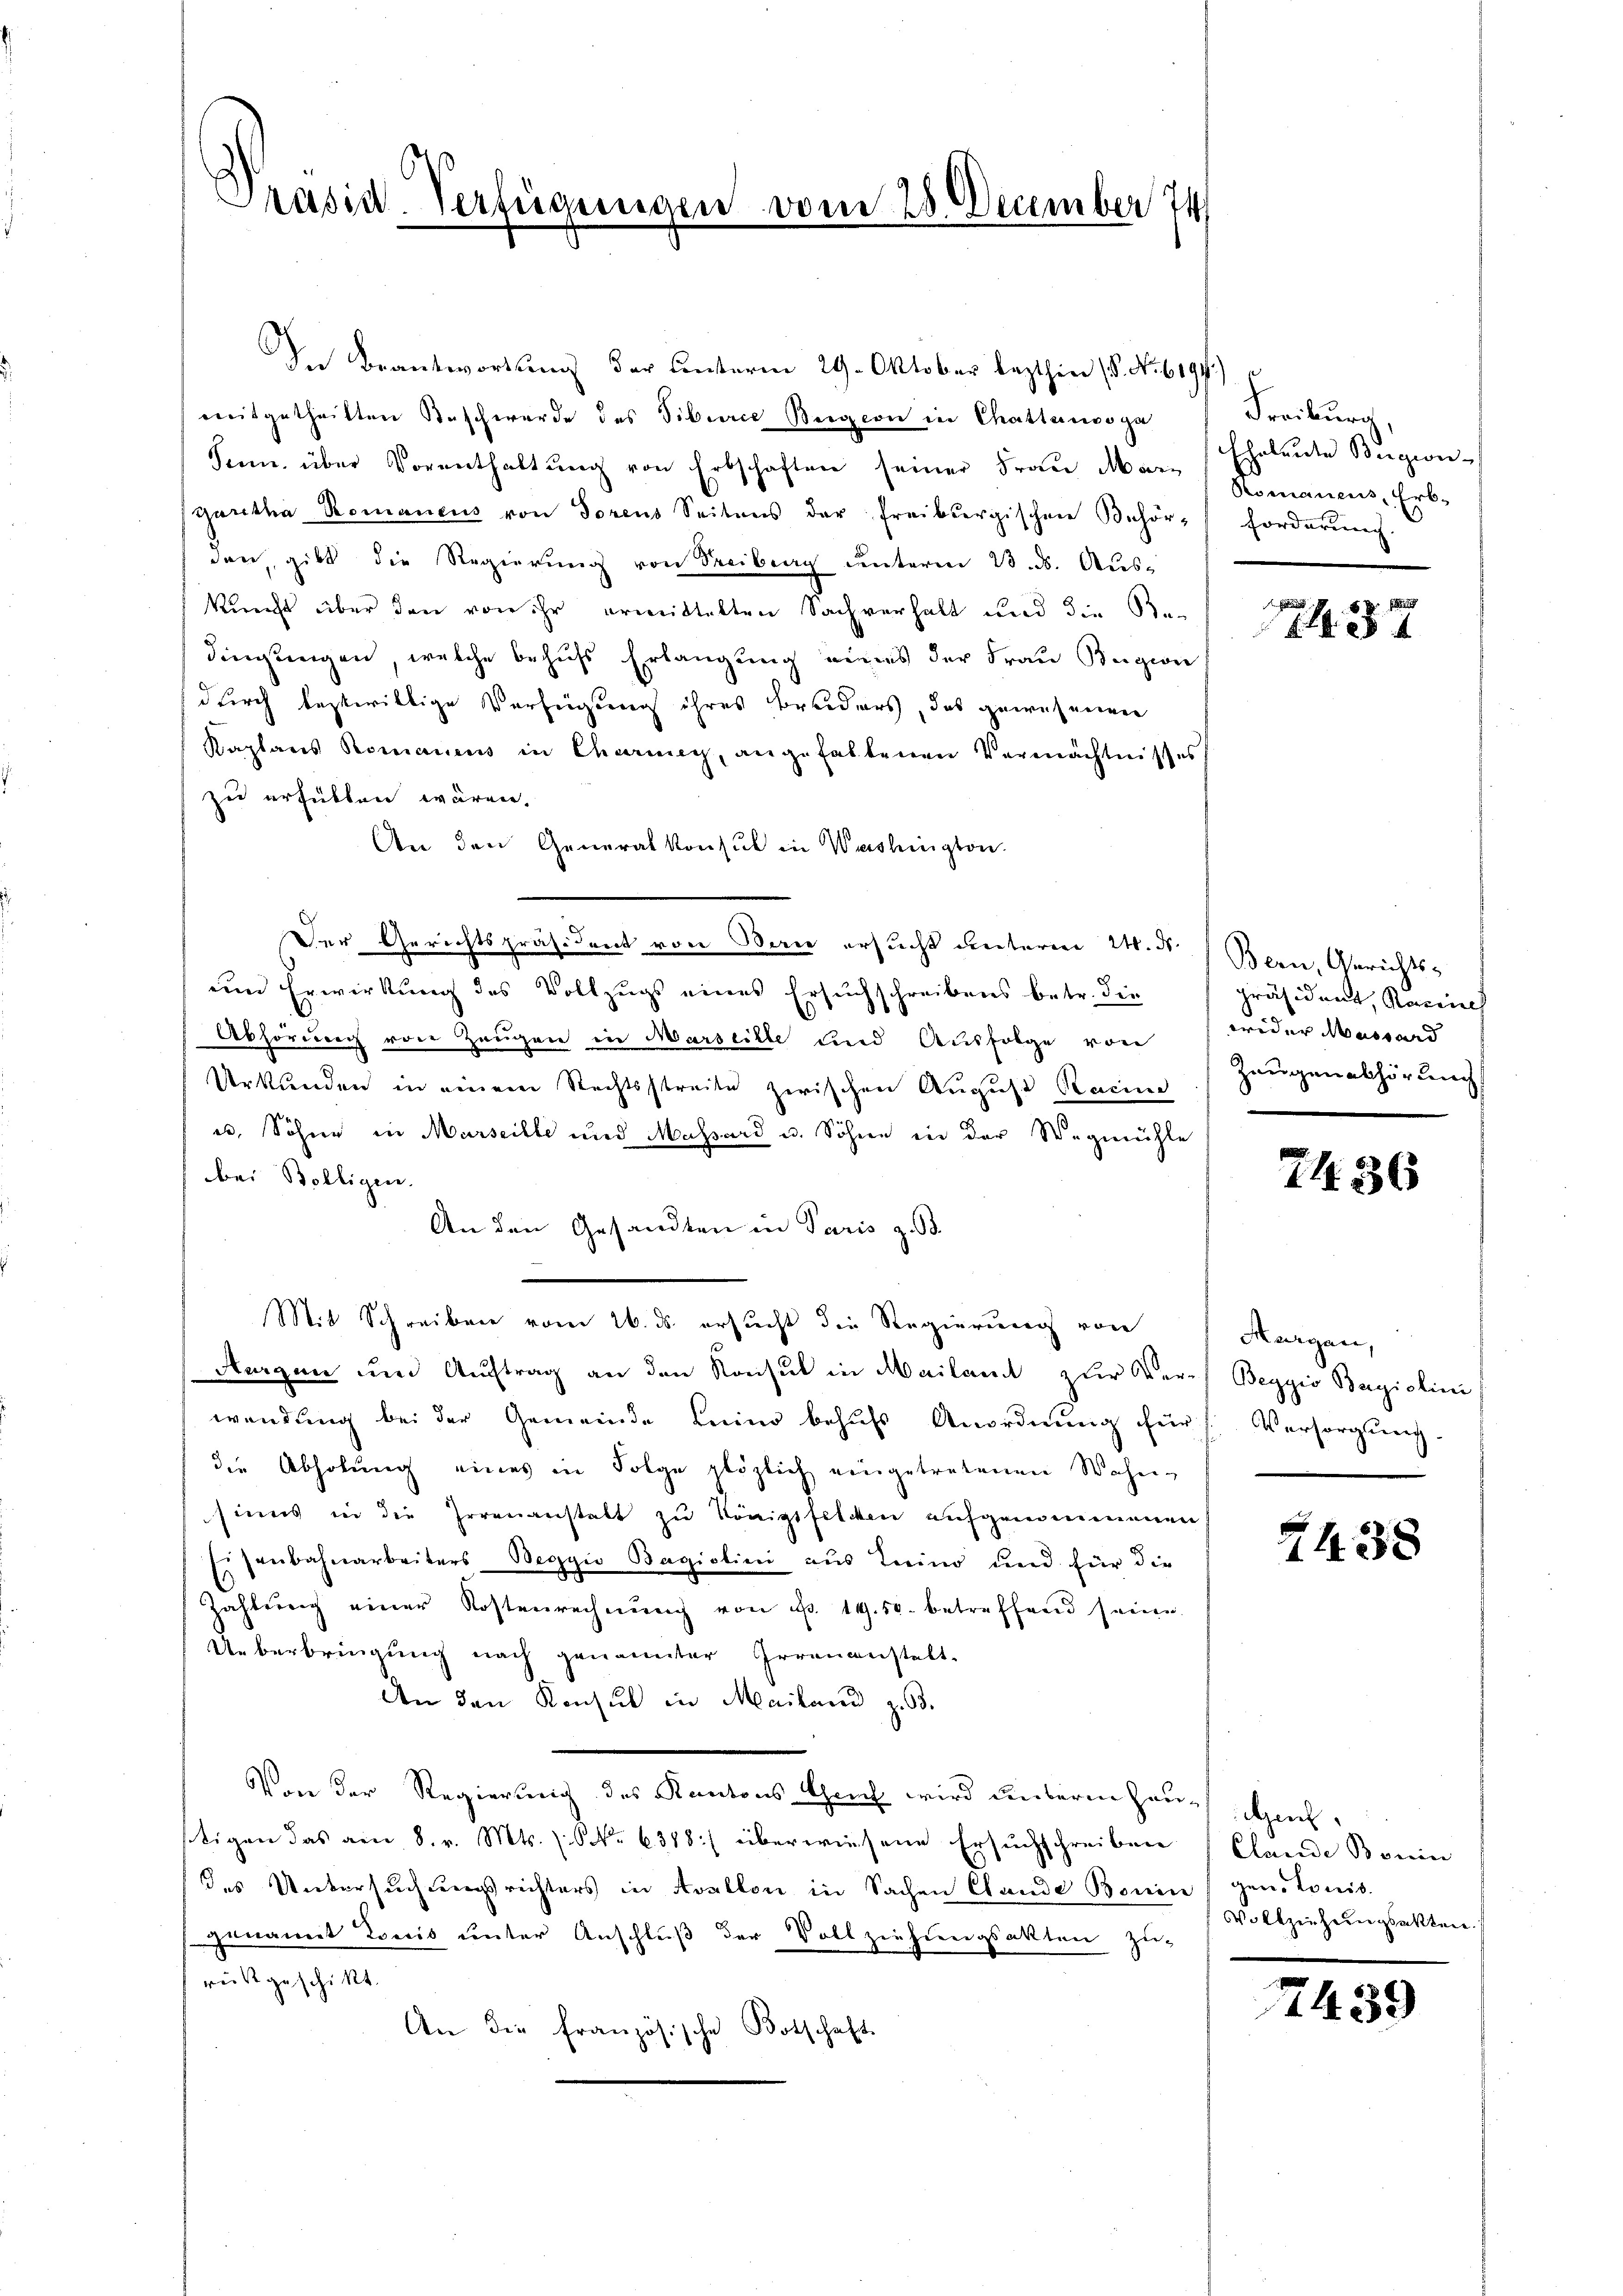
Präsid. Verfügungen vom 28. December 74
.

In Beantwortung der unterm 29. Oktober lezthin 18. No 6194)
mitgetheilten Beschwerde des Siburce Beigion in Chattenso ga
San. über Vorenthaltung von Erbschaften seiner Frau Margaretha Romanens von Torens Seitens der freiburgischen Behör forderŭng
den, gibt die Regierung von Treiburg unterm 23. ds. Aus-
kunft über den von ihr ermittelten Sachverhalt und die Be-
dingungen, welche behufs Erlangung eines der Frau Bugion
durch bezwillige Verfügung ihres Bruders, das gewesenen
Kaplanes Romanens in Charney, angefaltenen Vermächtnisses
zu erfüllen wären.
An den Generalkonsul in Washington.
Der Gerichtspräsident von Bau ersucht unterm 24. ds. Bern, Gerichts-
uine Erwirkung des Vollzugs eines Ersuchschreibens betr. die
Abhörung von Zeugen in Marseille und Ausfolge von
Urkunden in einem Rechtsstreite zwischen August Racine
u. Söhne in Marseille und Massard u. Söhne in der Wegmühle
bei Bolligen.
An den Gesandten in Paris z. B.
Mit Schreiben vom 26. ds. ersucht die Regierung von
Aurgen um Auftrag an den Konsul in Mailand zur Kerch Beggio Bagiolini
wendung bei der Gemeinde kein behufs Anordnung für Versorgung.
die Abholung eines in Folge plötzlich eingetretenen Wohnsinns in die Irrenanstalt zu Kraiptfelden aufgenommenen
Eisenbahnarbeiters Beggio Bagiolini aus Luino und für die
Zahlung einer Kostenrechnung von d. 19.50. betreffend seine
Ueberbringung nach genannter Irrenanstalt
An den Konsul in Mailand z. 53.
Von der Regierung des Kantons Graf wird unterm hauch auch
tigen das am 8. v. Mts. No 6318] überwiesene Ersuchschreiben
des Untersuchungsrichters in Avallon in Sachen Clande Bonin (gen. Lonis.
genannt Louis unter Anschluß der Vollziehungsakten zu-
reist geschikt.
An die Französische Botschaft

Freiburg
Eheleute Beigion-
Otomanens, Erb-

8

präsident, Razine
wider Massard
Zeugen abhörung

7436

Aargau,

7438

Clande Boerin
Vollziehungsakten.

439